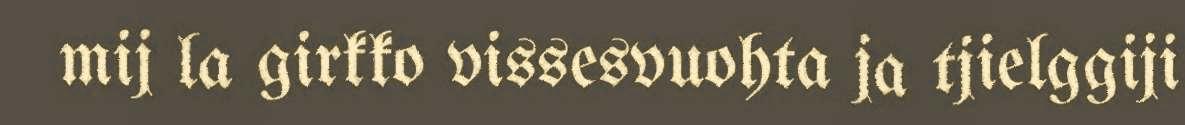
mij la girkko vissesvuohta ja tjielggiji